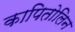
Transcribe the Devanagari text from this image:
कापितोलिन